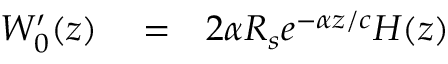
\begin{array} { r l r } { W _ { 0 } ^ { \prime } ( z ) } & { { } = } & { 2 \alpha R _ { s } e ^ { - \alpha z / c } H ( z ) } \end{array}